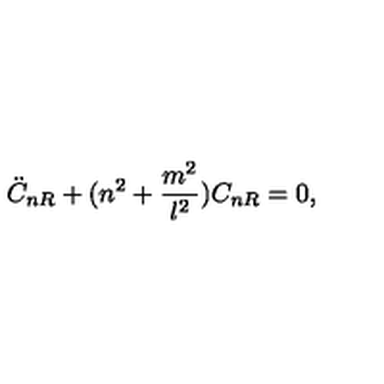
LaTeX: \ddot { C } _ { n R } + ( n ^ { 2 } + \frac { m ^ { 2 } } { l ^ { 2 } } ) C _ { n R } = 0 ,